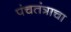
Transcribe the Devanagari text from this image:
पंचतंत्राचा